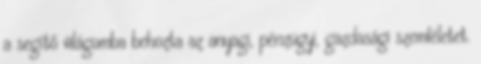
a segítő világomba behozta az anyagi, pénzügyi, gazdasági szemléletet.